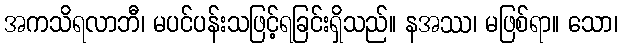
အကသိရလာဘီ၊ မပင်ပန်းသဖြင့်ရခြင်းရှိသည်။ နအဿ၊ မဖြစ်ရာ။ သော၊